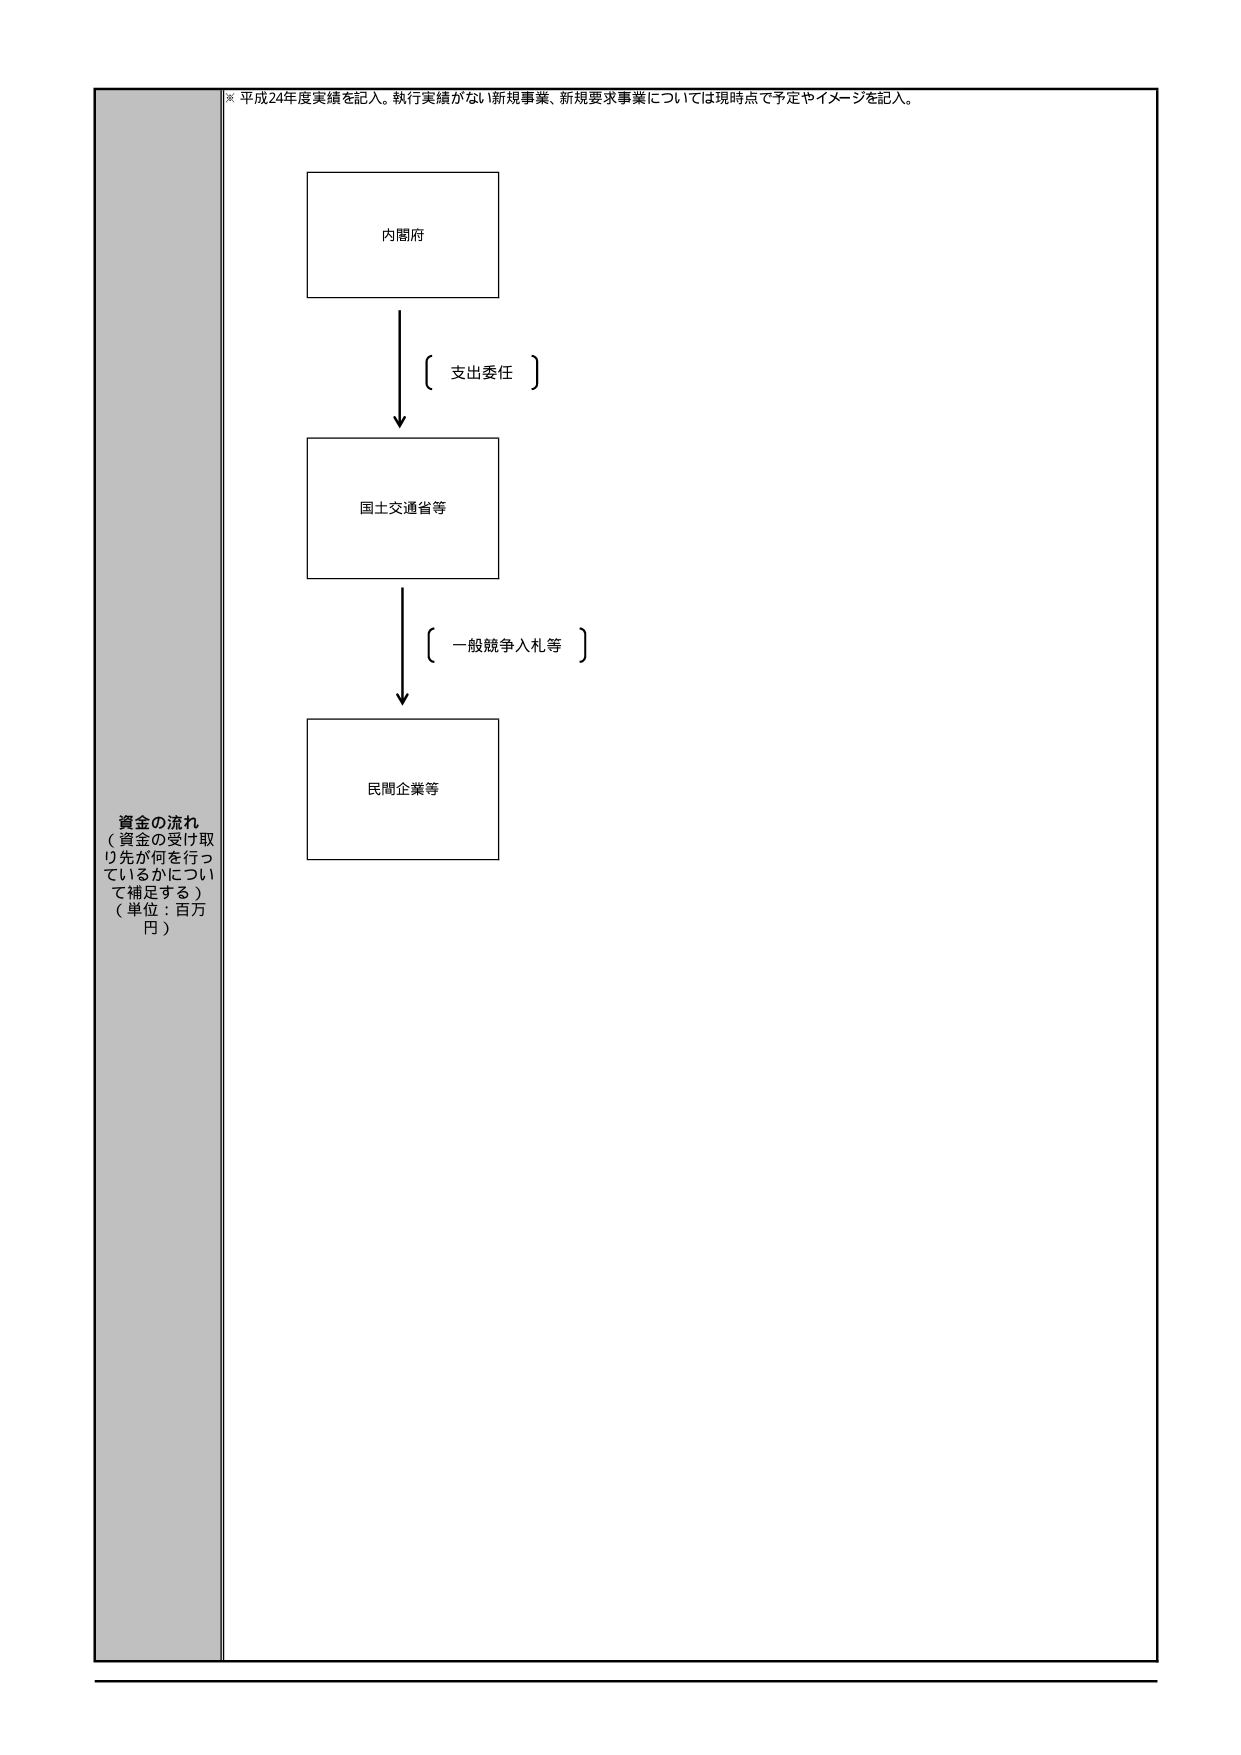
※ 平成24年度実績を記入。執行実績がない新規事業、新規要求事業については現時点で予定やイメージを記入。

内閣府

〔 支出委任 〕

国土交通省等

〔 一般競争入札等 〕

民間企業等

資金の流れ
（資金の受け取り先が何を行っているかについて補足する）
（単位：百万円）